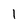
Character: 1